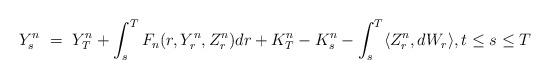
LaTeX: \begin{align*}Y_s^n \ = \ Y_T^n + \int_s^T F_n(r,Y_r^n,Z_r^n) dr + K_T^n - K_s^n - \int_s^T \langle Z_r^n, dW_r\rangle, t \leq s \leq T\end{align*}